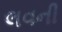
લવની